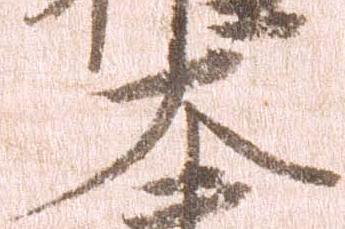
大